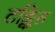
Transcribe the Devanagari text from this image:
टङ्कित